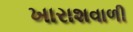
ખારાશવાળી